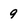
Character: 9